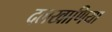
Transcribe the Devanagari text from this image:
दलखाणिया